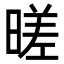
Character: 暛